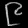
Digit: ၉